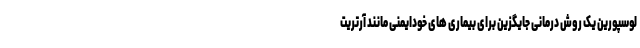
لوسپورین یک روش درمانی جایگزین برای بیماری های خودایمنی مانند آرتریت